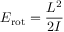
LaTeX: E _ { \mathrm { r o t } } = { \frac { L ^ { 2 } } { 2 I } }